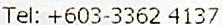
TEL: +603-3362 4137